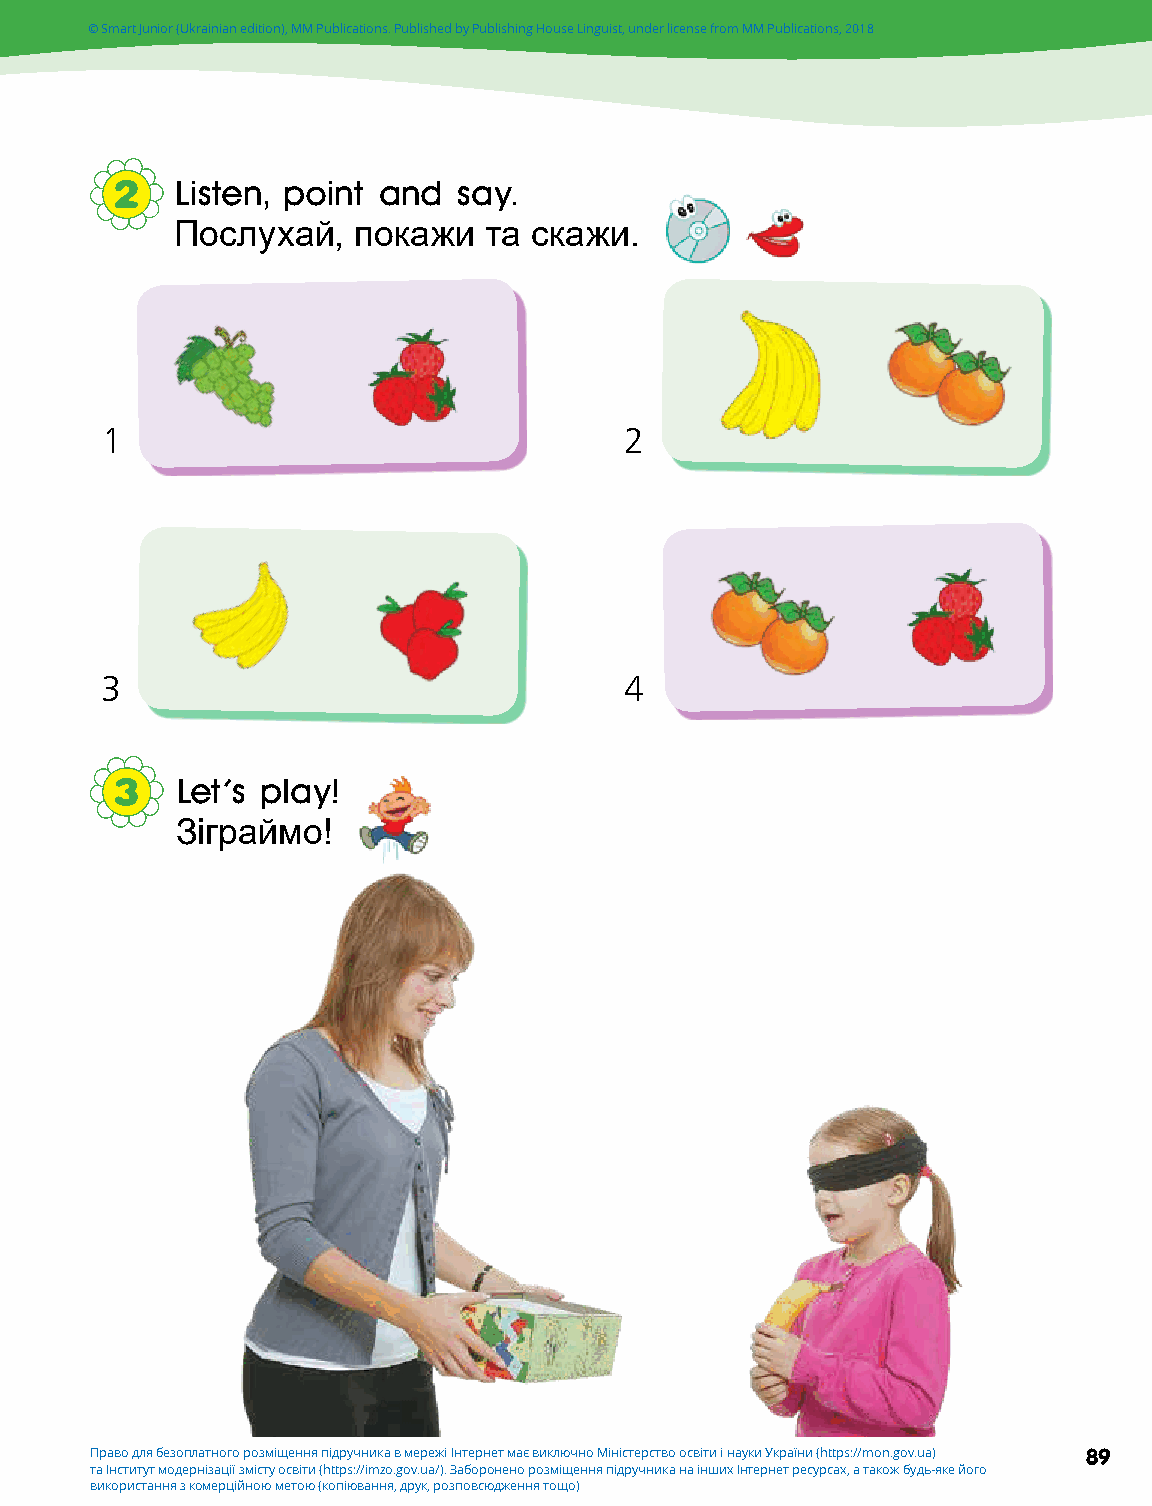
© Smart Junior (Ukrainian edition), MM Publications. Published by Publishing House Linguist, under license from MM Publications, 2018
 2   Listen, point and say.
 Послухай,  покажи   та скажи.
 1                                 2
 3                                 4
 3   Let's play!
 Зіграймо!
 Право для безоплатного розміщення підручника в мережі Інтернет має виключно Міністерство освіти і науки України (https://mon.gov.ua) 89
 та Інститут модернізації змісту освіти (https://imzo.gov.ua/). Заборонено розміщення підручника на інших Інтернет ресурсах, а також будь-яке його
 використання з комерційною метою (копіювання, друк, розповсюдження тощо)